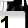
Digit: 1